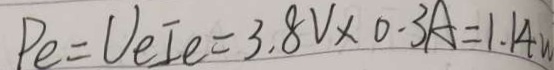
P e = U e I e = 3 . 8 V \times 0 . 3 A = 1 . 1 4 w